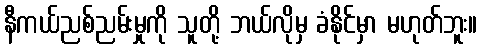
နီကယ်ညစ်ညမ်းမှုကို သူတို့ ဘယ်လိုမှ ခံနိုင်မှာ မဟုတ်ဘူး။